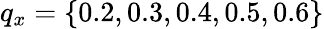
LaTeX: q_{x}=\{ 0.2,0.3,0.4,0.5,0.6\}